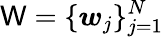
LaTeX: \mathsf{W}=\{ \boldsymbol{w}_{j}\} _{j=1}^{N}